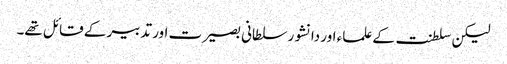
لیکن سلطنت کے علماء اور دانشور سلطانی بصیرت اور تدبیر کے قائل تھے۔